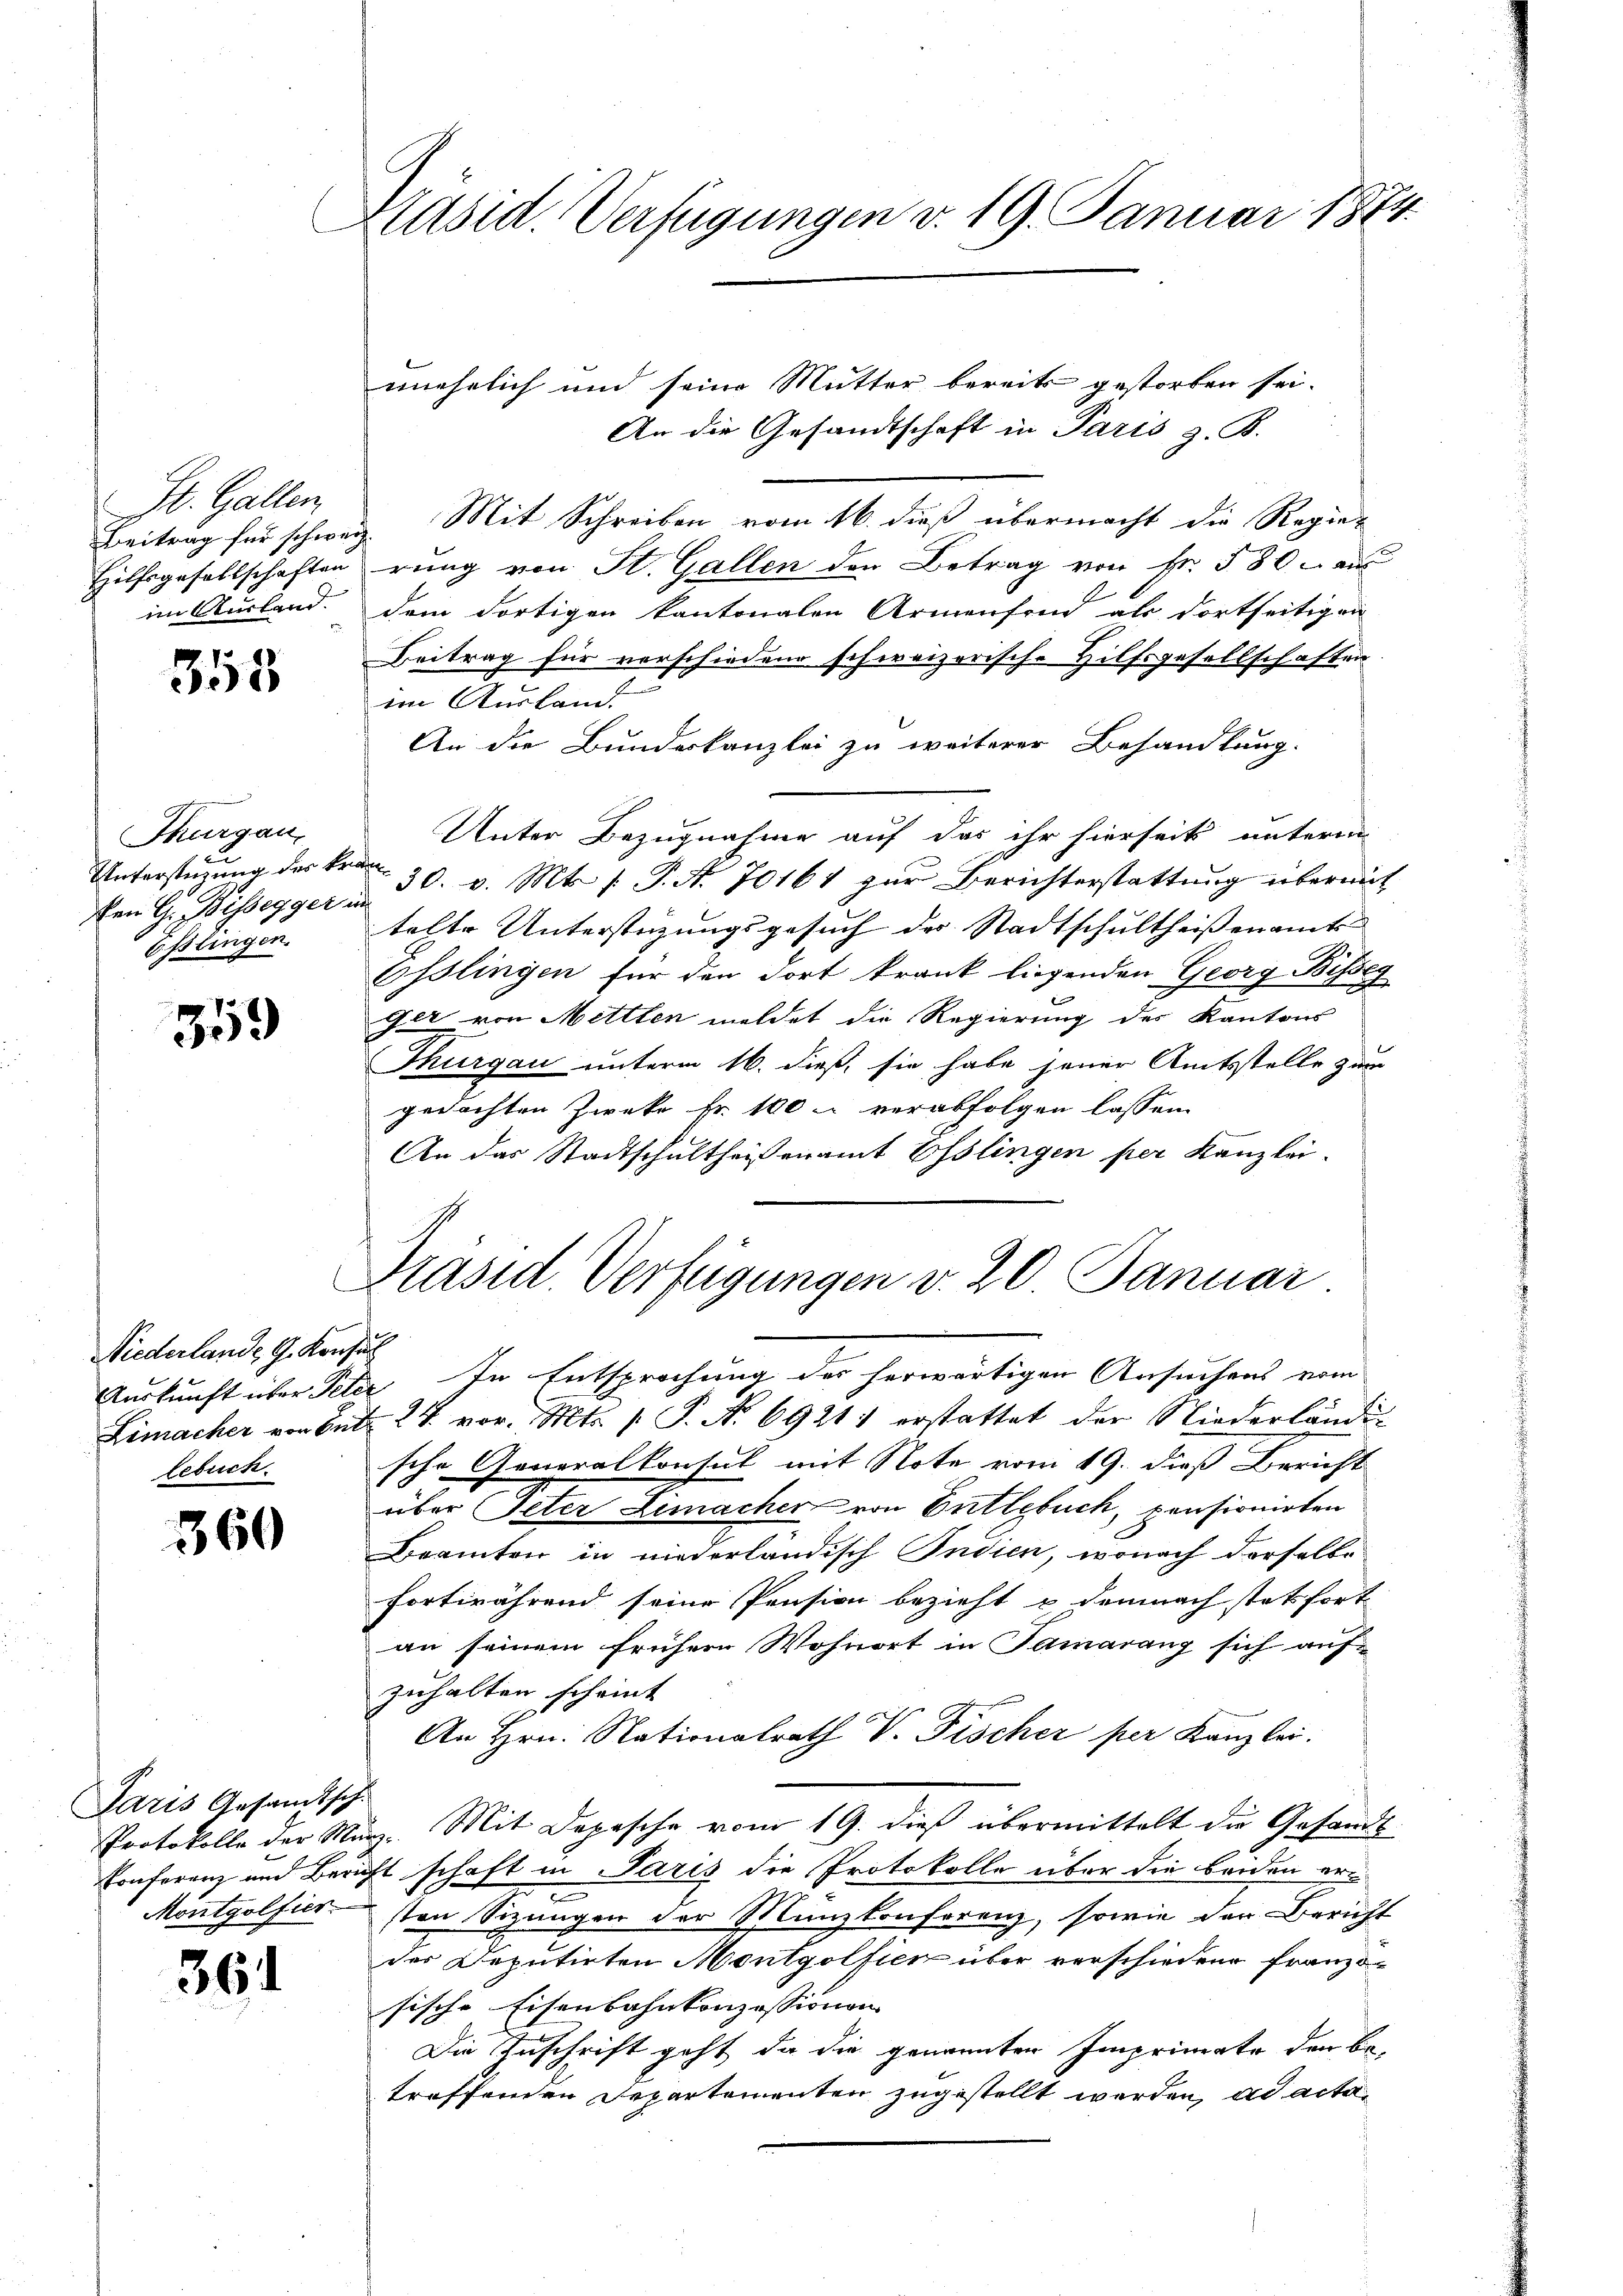
St. Gallen
Beitrag für schweiz.
Hilfsgesellschaften
im Ausland.

355

Thurgau,
Unterstützung des kr.
ven G. Bissegger u
Esslingen.

359

Niederlande G. Konsul
lebuch.

360

Paris Gesandtsch

361

Kasid. Verfügungen v. 19. Januar 1874.

unehelich und seine Mutter bereits gestorben sei.
An die Gesandtschaft in Paris z. B.
Mit Schreiben vom 16. dieß übermacht die Regie-
rung von St. Gallen den Betrag von Fr. 580. au
dem dortigen kantonalen Armenfond als dortseitigen
Beitrag für verschiedene schweizerische Hilfsgesellschaften
im Ausland.
An die Bundeskanzlei zu weiterer Behandlung.
Unter Bezugnahme auf das ihr hierseits unterm
30. v. Mts. f. P. N. 70161 zur Berichterstattung übermit
telte Unterstüzungsgesuch des Stadtschultheissenamts-
Osslingen für den dort krank liegenden Georg Bisseg
Get von Mettlen meldet die Regierung des Kantons
Thurgau unterm 16. dieß, sie habe jener Amtsstelle zum
gedachten Zwecke Fr. 100 u verabfolgen lassen.
An das Stadtschultheisenamt Esslingen per Kanzlei-

Auskunft über Peter In Entsprochung des herwärtigen Ansuchens vom
Limacher von Ant. 27. vor. Mts. 1. P. N. 69211 erstattet der Niederländig
sche Generalkonsul mit Note vom 19. dieß Bericht
über Peter Limacher von Entlebuch, pensionirten
Beamten in niederländisch Indien, wonach derselbe
fortwährend seine Pension bezieht u demnach stetsfort
an seinem frühere Wohnort in Samarang sich auf-
zuhalten scheint
An Hrn. Nationalrath V. Fischer per Kanzlei.
Protokolle der März. Mit Depesche vom 19. dieß übermittelt die Gesandt
Konferenz und Bericht schaft in Paris die Protokolle über die beiden er¬
.
Montgolfürsten Sizungen der Manzkonferenz, sowie der Bericht
der Deputirten Montgolfier über verschiedene Französische Eisenbahnkonzessionen |
Die Zuschrift geht, da die genannten Imprimente der be-
treffenden Departementen zugestellt werden, ad acta¬

Präsid. Verfügungen v. 20. Januar